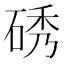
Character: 𮀞